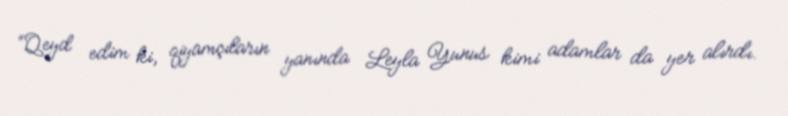
“Qeyd edim ki, qiyamçıların yanında Leyla Yunus kimi adamlar da yer alırdı.